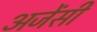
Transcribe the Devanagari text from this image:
अजेंसी